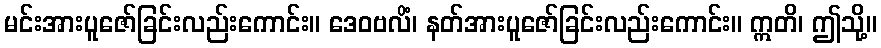
မင်းအားပူဇော်ခြင်းလည်းကောင်း။ ဒေဝဗလိံ၊ နတ်အားပူဇော်ခြင်းလည်းကောင်း။ ဣတိ၊ ဤသို့။